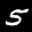
Label: 5